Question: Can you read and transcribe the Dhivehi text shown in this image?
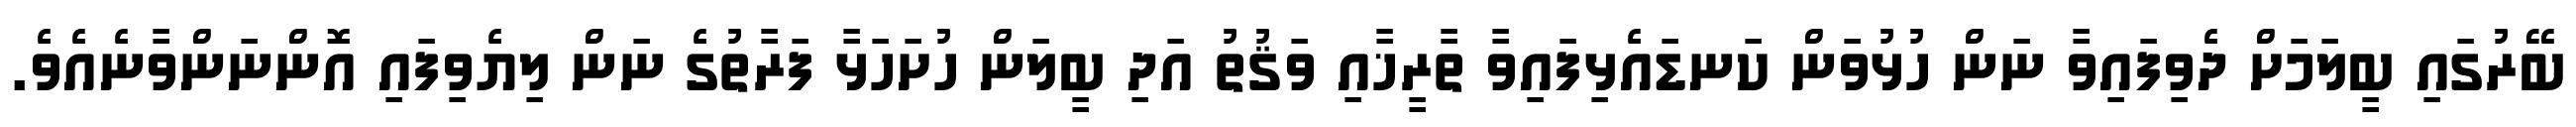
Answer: ބޭރުގައި ބީލަމަށް ދެވިފައިވާ ނަން ހުޅުވަން ކަނޑައެޅިފައިވާ ތާރީޚާއި ވަޤުތު އަދި ބީލަން ހުށަހަޅާ ފަރާތުގެ ނަން ލިޔެވިފައި އޮންނަންވާނެއެވެ.